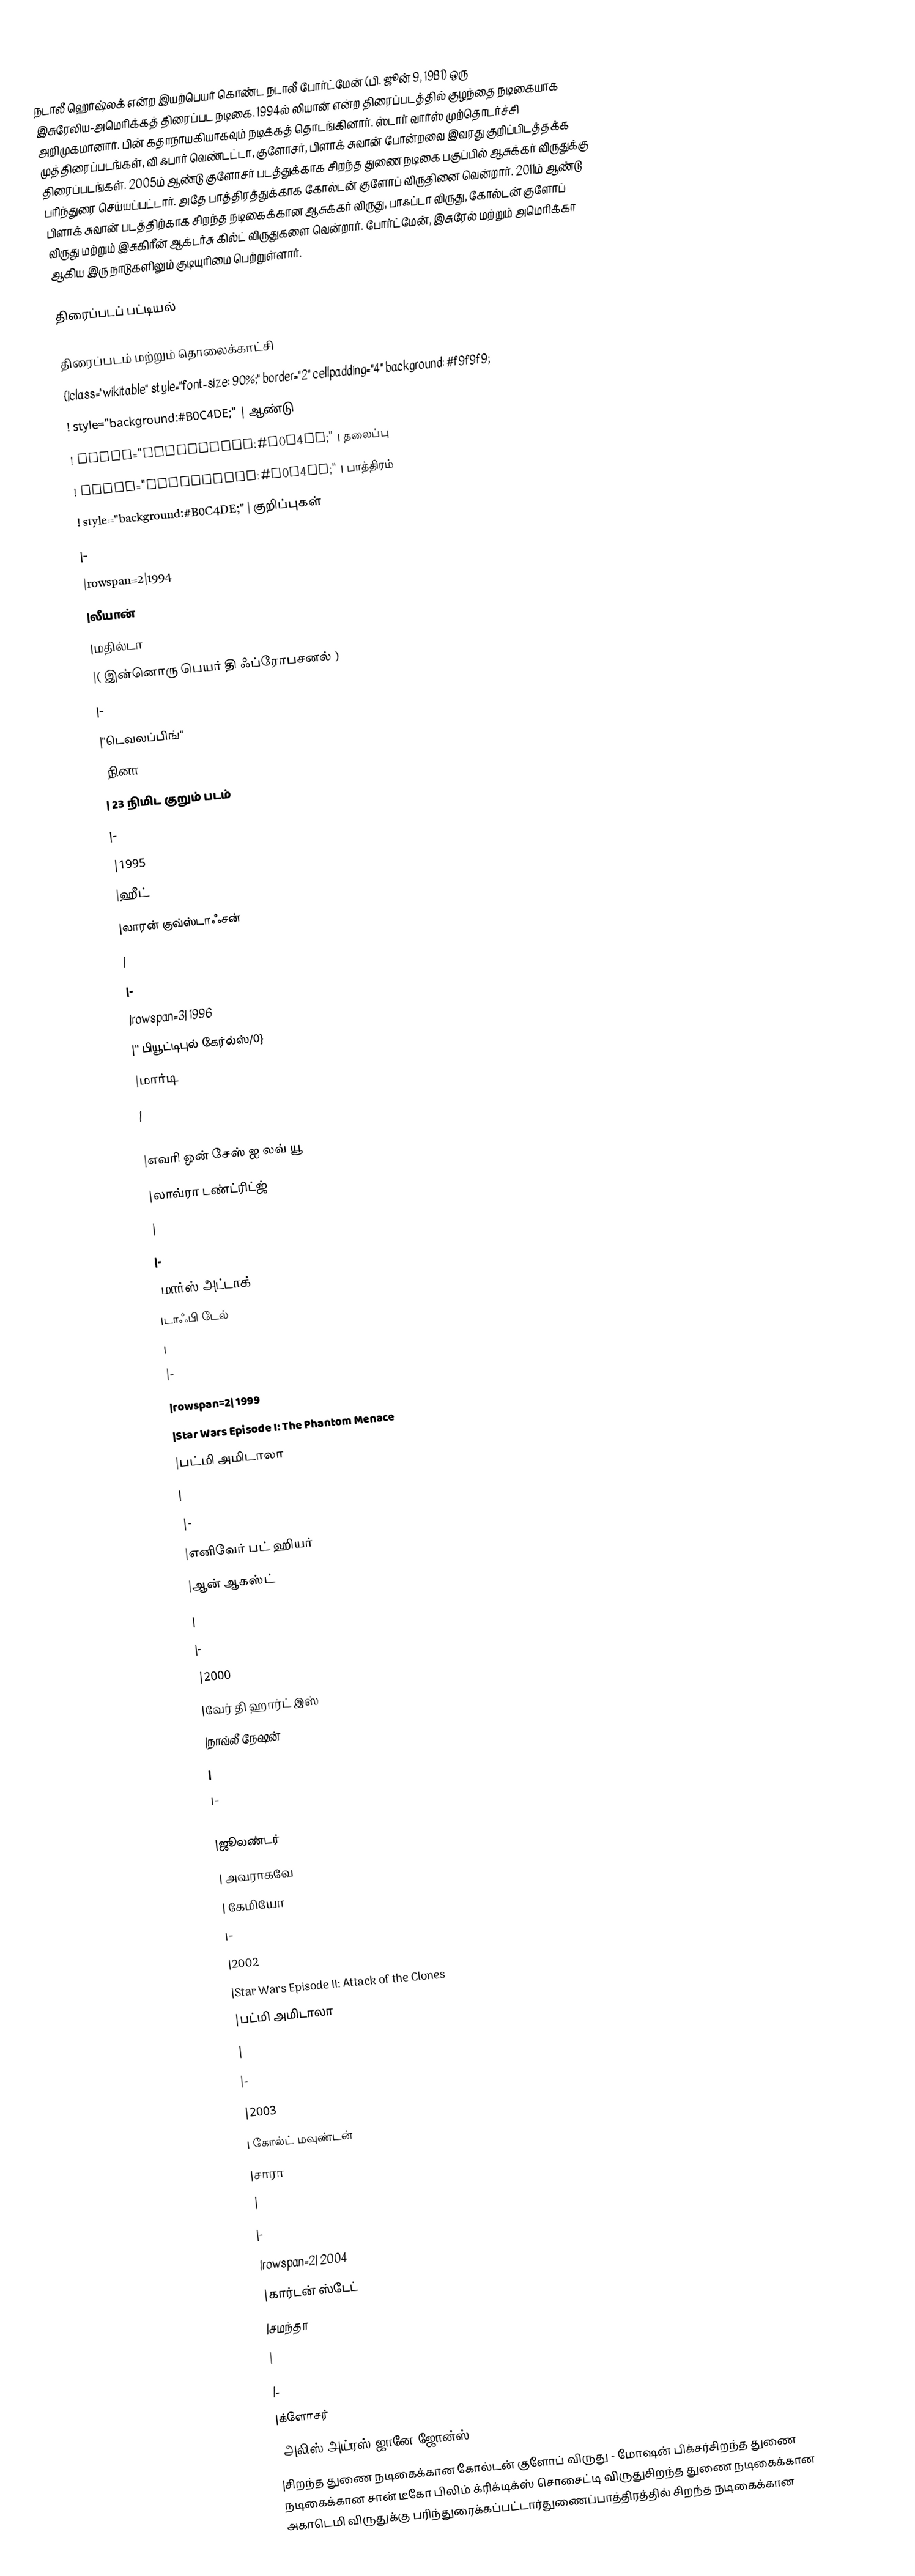
நடாலீ ஹெர்ஷ்லக் என்ற இயற்பெயர் கொண்ட நடாலீ போர்ட்மேன் (பி. ஜூன் 9, 1981) ஒரு இசுரேலிய-அமெரிக்கத் திரைப்பட நடிகை. 1994ல் லியான் என்ற திரைப்படத்தில் குழந்தை நடிகையாக அறிமுகமானார். பின் கதாநாயகியாகவும் நடிக்கத் தொடங்கினார். ஸ்டார் வார்ஸ் முற்தொடர்ச்சி முத்திரைப்படங்கள், வி ஃபார் வெண்டட்டா, குளோசர், பிளாக் சுவான் போன்றவை இவரது குறிப்பிடத்தக்க திரைப்படங்கள். 2005ம் ஆண்டு குளோசர் படத்துக்காக சிறந்த துணை நடிகை பகுப்பில் ஆசுக்கர் விருதுக்கு பரிந்துரை செய்யப்பட்டார். அதே பாத்திரத்துக்காக கோல்டன் குளோப் விருதினை வென்றார். 2011ம் ஆண்டு பிளாக் சுவான் படத்திற்காக சிறந்த நடிகைக்கான ஆசுக்கர் விருது, பாஃப்டா விருது, கோல்டன் குளோப் விருது மற்றும் இசுகிரீன் ஆக்டர்சு கில்ட் விருதுகளை வென்றார். போர்ட்மேன், இசுரேல் மற்றும் அமெரிக்கா ஆகிய இரு நாடுகளிலும் குடியுரிமை பெற்றுள்ளார்.

திரைப்படப் பட்டியல்

திரைப்படம் மற்றும் தொலைக்காட்சி
{|class="wikitable" style="font-size: 90%;" border="2" cellpadding="4" background: #f9f9f9;
! style="background:#B0C4DE;" | ஆண்டு
! style="background:#B0C4DE;" | தலைப்பு
! style="background:#B0C4DE;" | பாத்திரம்
! style="background:#B0C4DE;" | குறிப்புகள்
|-
|rowspan=2|1994
|லீயான்
|மதில்டா
|( இன்னொரு பெயர் தி ஃப்ரோபசனல் )
|-
|"டெவலப்பிங்"
|நினா
| 23 நிமிட குறும் படம்
|-
|1995
|ஹீட்
|லாரன் குவ்ஸ்டாஃசன்
|
|-
|rowspan=3| 1996
|'' பியூட்டிபுல் கேர்ல்ஸ்/0}
|மார்டி
|
|-
|எவரி ஒன் சேஸ் ஐ லவ் யூ
|லாவ்ரா டண்ட்ரிட்ஜ்
|
|-
|மார்ஸ் அட்டாக்!
|டாஃபி டேல்
|
|-
|rowspan=2| 1999
|Star Wars Episode I: The Phantom Menace
|பட்மி அமிடாலா
|
|-
|எனிவேர் பட் ஹியர்
|ஆன் ஆகஸ்ட்
|
|-
|2000
|வேர் தி ஹார்ட் இஸ்
|நாவ்லீ நேஷன்
|
|-
|2001
|ஜூலண்டர்
| அவராகவே
| கேமியோ
|-
|2002
|Star Wars Episode II: Attack of the Clones
|பட்மி அமிடாலா
|
|-
|2003
| கோல்ட் மவுண்டன்
|சாரா
|
|-
|rowspan=2| 2004
|கார்டன் ஸ்டேட்
|சமந்தா
|
|-
|க்ளோசர்
|அலிஸ் அய்ரஸ்/ஜானே ஜோன்ஸ்
|சிறந்த துணை நடிகைக்கான கோல்டன் குளோப் விருது - மோஷன் பிக்சர்சிறந்த துணை நடிகைக்கான சான் டீகோ பிலிம் க்ரிக்டிக்ஸ் சொசைட்டி விருதுசிறந்த துணை நடிகைக்கான அகாடெமி விருதுக்கு பரிந்துரைக்கப்பட்டார்துணைப்பாத்திரத்தில் சிறந்த நடிகைக்கான